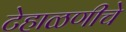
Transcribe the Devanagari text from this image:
टेहाळणीचे